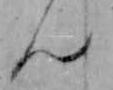
ん